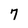
Character: 7